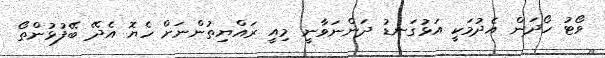
ވޯޓު ހޯދަން އެދުމަކީ އަޅުގަނޑު ދަންނަވާނީ މިއީ ރައްޔިތުންނަށް ހެޔޮ އެދޭ ބޭފުޅުންތޯ